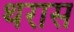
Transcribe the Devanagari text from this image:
थरास